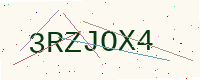
Text: 3RZJOX4